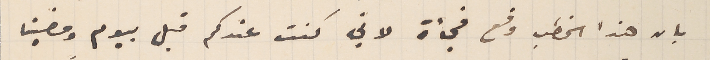
بان هذا الخطب وقع فجأة لاني كنت عندكم قبل بيوم ومضينا